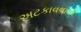
અટકાવવાની